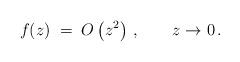
LaTeX: \begin{align*}f (z) \; = \; O \left( z^2 \right) \, , \qquad z \to 0 \, .\end{align*}